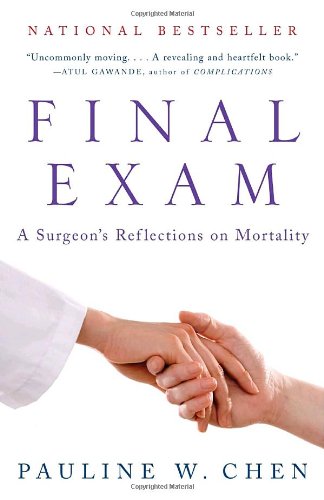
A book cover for Final Exam: A Surgeon's Reflections on Mortality; Pauline W. Chen; Self-Help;